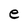
Character: e